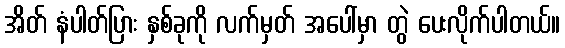
အိတ် နံပါတ်ပြား နှစ်ခုကို လက်မှတ် အပေါ်မှာ တွဲ ပေးလိုက်ပါတယ်။